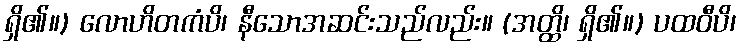
ရှိ၏။) လောဟိတကံပိ၊ နီသောအဆင်းသည်လည်း။ (အတ္ထိ၊ ရှိ၏။) ပထဝီပိ၊